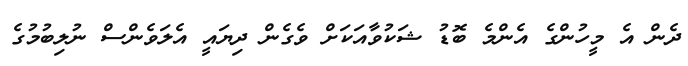
ދެން އެ މީހުންގެ އެންމެ ބޮޑު ޝަކުވާއަކަށް ވެގެން ދިޔައީ އެލަވެންސް ނުލިބުމުގެ